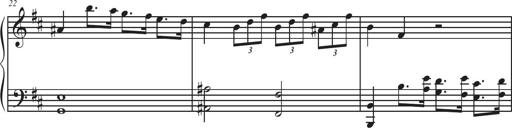
Title: Sonatina Espania
Composer: Jerald Franklin Archer
Key: Various